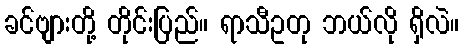
ခင်ဗျားတို့ တိုင်းပြည်။ ရာသီဥတု ဘယ်လို ရှိလဲ။